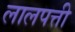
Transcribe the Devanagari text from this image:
लालपत्ती